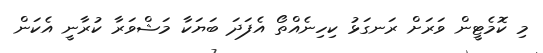
މި ކޮމެޓީން ވަރަށް ރަނގަޅު ކިހިނެއްތޯ އެފަދަ ބަޔަކާ މަޝްވަރާ ކުރާނީ އެކަން